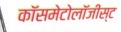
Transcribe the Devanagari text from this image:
कॉसमेटोलॉजीस्ट